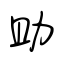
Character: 助